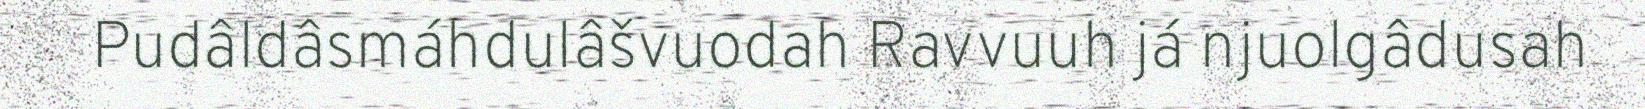
Pudâldâsmáhdulâšvuodah Ravvuuh já njuolgâdusah